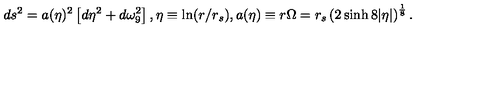
d s ^ { 2 } = a ( \eta ) ^ { 2 } \left[ d \eta ^ { 2 } + d \omega _ { 9 } ^ { 2 } \right] , \eta \equiv \ln ( r / r _ { s } ) , a ( \eta ) \equiv r \Omega = r _ { s } \left( 2 \sinh 8 | \eta | \right) ^ { \frac { 1 } { 8 } } .